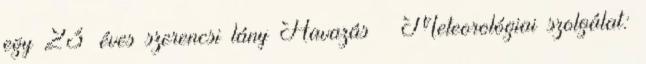
egy 23 éves szerencsi lány Havazás – Meteorológiai szolgálat: